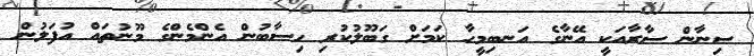
ސިނާން ސާރާއަކީ އޭނާގެ އަނބިމީހާ ކަމަށް ގަބޫލުކުރި ހިސާބުން އެންމެންގެ މޫނުތައް އުފަލުން